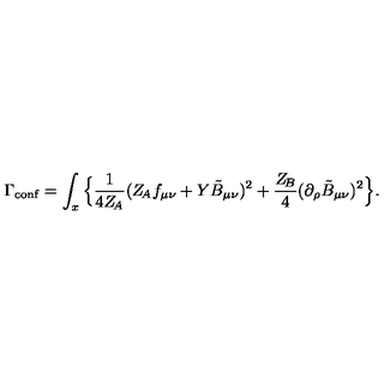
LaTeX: \Gamma _ { \mathrm { c o n f } } = \int _ { x } \Big \{ \frac { 1 } { 4 Z _ { \! A } } ( Z _ { \! A } f _ { \mu \nu } + Y \tilde { B } _ { \mu \nu } ) ^ { 2 } + \frac { Z _ { \! B } } { 4 } ( \partial _ { \rho } \tilde { B } _ { \mu \nu } ) ^ { 2 } \Big \} .